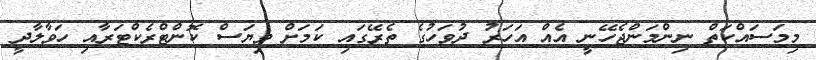
މިމަސައްކަތް ނިންމަންޖެހޭނީ އެއް އަހަރު ދުވަހުގެ ތެރޭގައި ކަަމަށް ވިޔަސް ކޮންޓްރެކްޓަރާއި ހަވާލާދީ